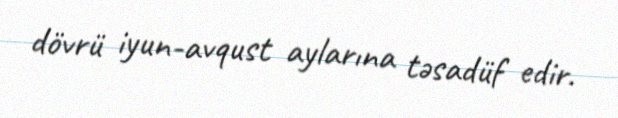
dövrü iyun-avqust aylarına təsadüf edir.